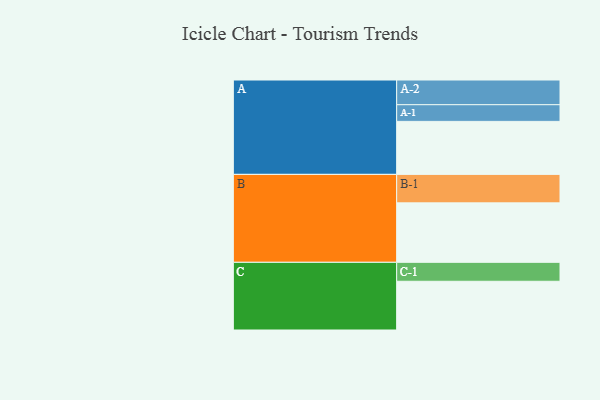
{"axis": {"x": "Segment", "y": "Value"}, "legend": ["", "A", "B", "C"], "data": [{"x": "A", "y": 534, "type": ""}, {"x": "B", "y": 599, "type": ""}, {"x": "C", "y": 491, "type": ""}, {"x": "A-1", "y": 168, "type": "A"}, {"x": "A-2", "y": 249, "type": "A"}, {"x": "B-1", "y": 287, "type": "B"}, {"x": "C-1", "y": 191, "type": "C"}]}